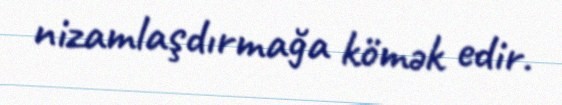
nizamlaşdırmağa kömək edir.